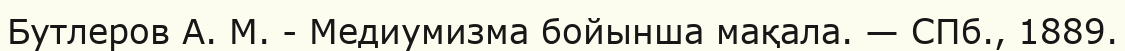
Бутлеров А. М. - Медиумизма бойынша мақала. — СПб., 1889.